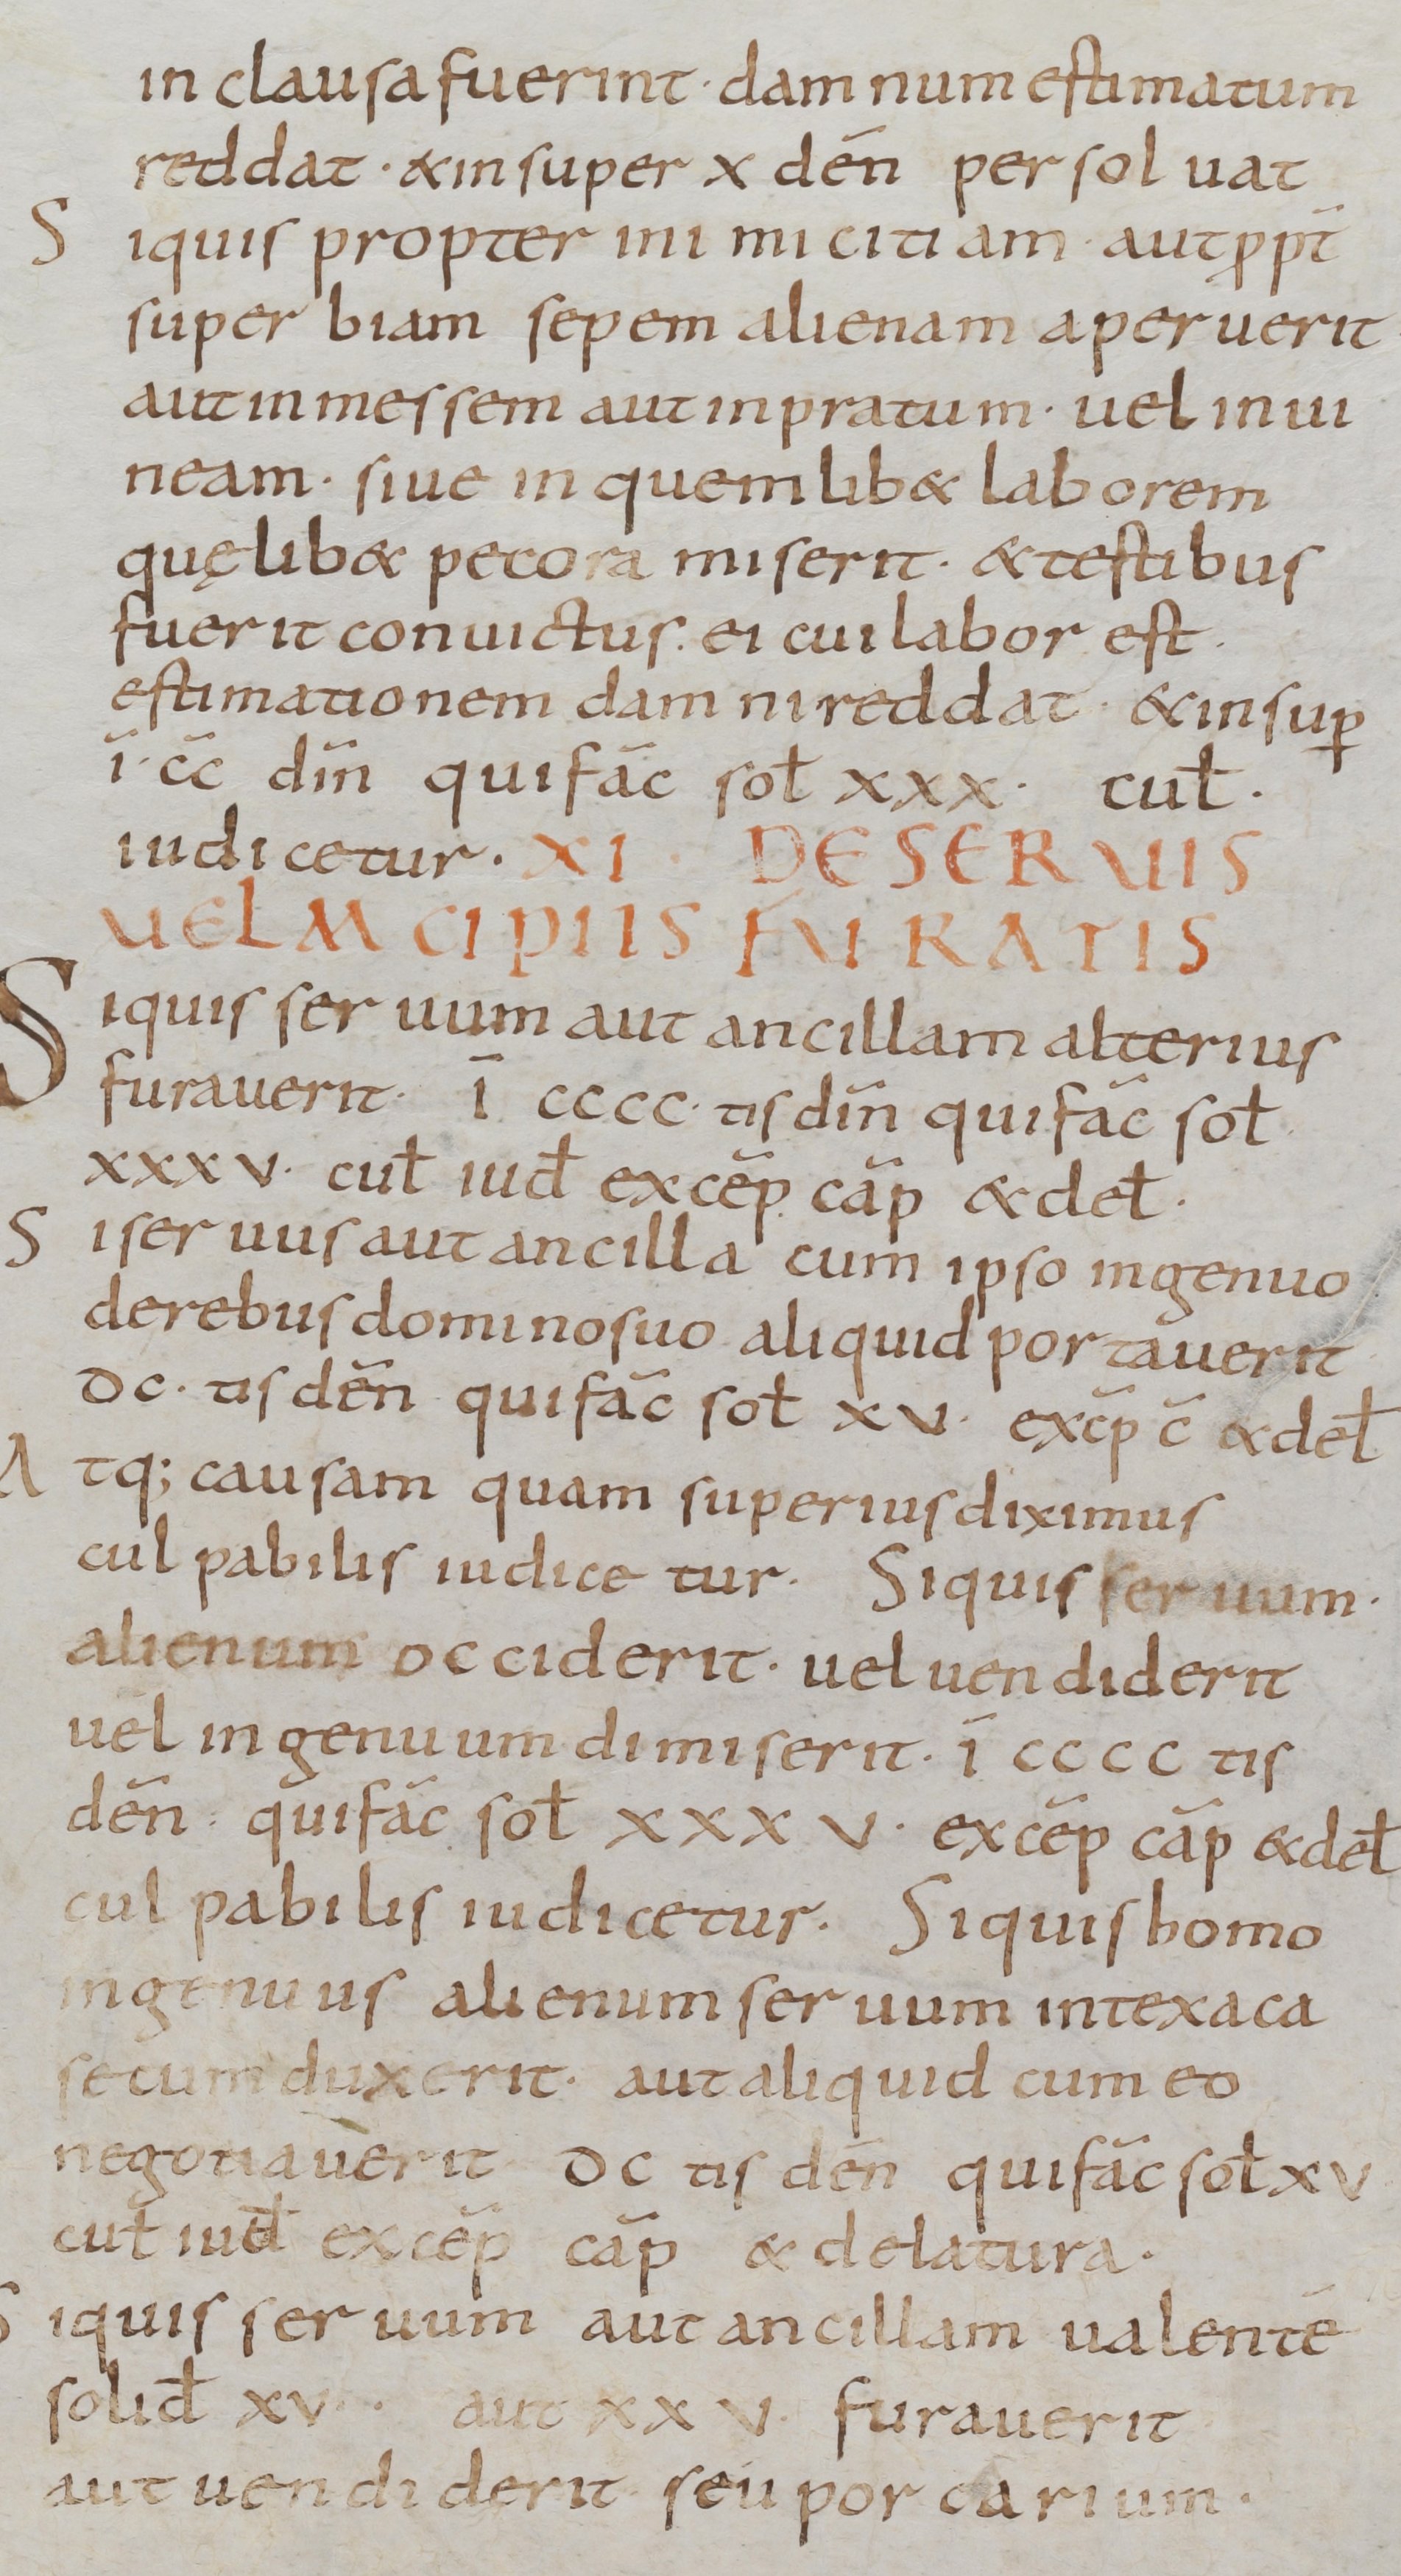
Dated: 800–899